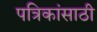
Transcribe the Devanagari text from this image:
पत्रिकांसाठी